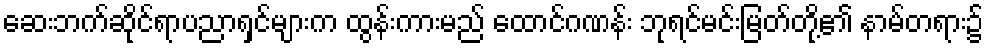
ဆေးဘက်ဆိုင်ရာပညာရှင်များက ထွန်းကားမည် ထောင်ဂဏန်း ဘုရင်မင်းမြတ်တို့၏ နာမ်တရား၌